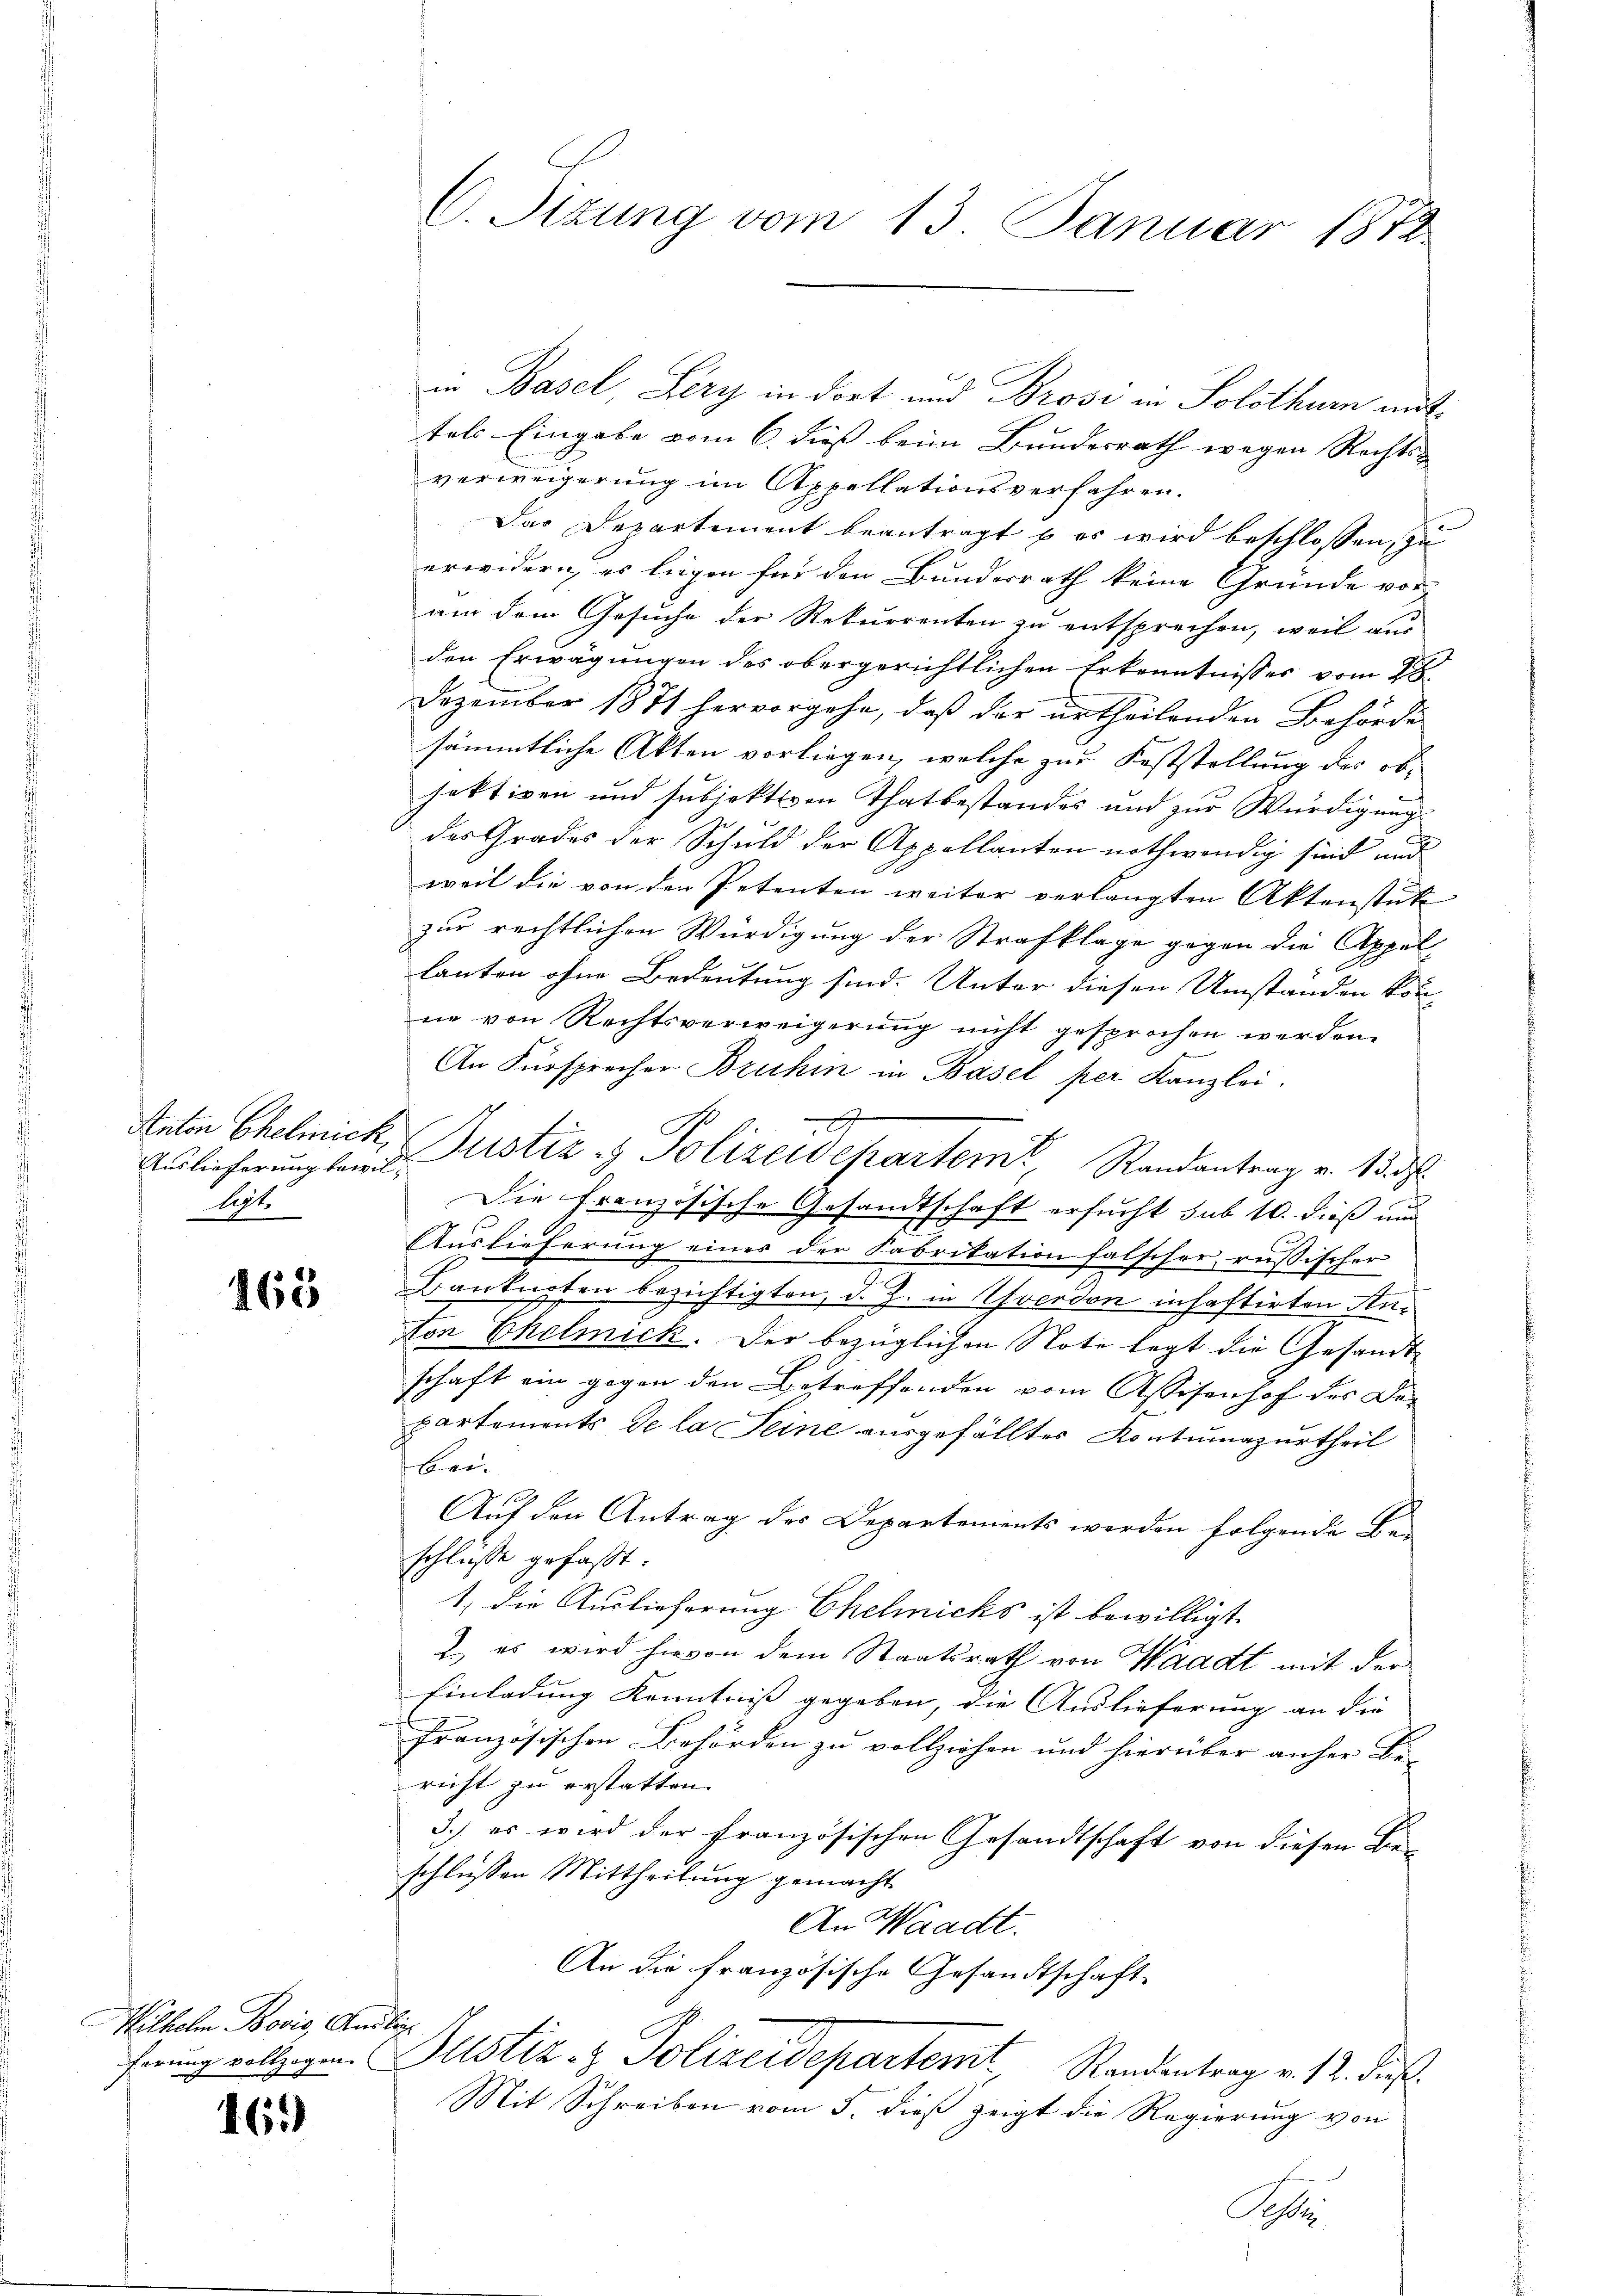
Auslieferung bewilligt

165

Wilhelm Bodis, Andlich

169)

in Basel, Lery in dort und Brosi in Solothur mit
tels Eingabe vom 6. dieß beim Bundesrath wegen Rechts-
verweigerung im Appellationsverfahren.
Das Departement beantragt u es wird beschlossen, zu
erwidern, es liegen für den Bundesrath keine Gründe vor
um dem Gesuche der Rekurrenten zu entsprechen, weil aus
den Erwägungen des obergerichtlichen Erkenntnisses vom 28.
Dezember 1871 hervorgehe, daß der urtheilenden Behörde
sämmtliche Akten vorliegen, welche zur Feststellung des obsaktiven und subjektiven Thatbestandes und zur Würdigung
des Grades der Schuld der Appellanten nothwendig sind und
weil die von den Petenten weiter verlangten Aktenstütz
zur rechtlichen Würdigung der Strafklage gegen die Appel
8
lanten ohne Bedeutung sind. Unter diesen Umständen kön-
ne von Rechtsverweigerung nicht gesprochen werden.
An Fürsprecher Bruhin in Basel per Kanzlei.
A
Anton Ehelmick, Justiz & Polizeidepartem Randantrag v. 13. d.
Die französische Gesandtschaft ersucht sub 10. dieß und
Auslieferung eines der Fabrikation falscher russischer
Baukupten bezichtigten, d. J. in verdon inhaftirten Anton Ehelmick. Der bezüglichen Note legt die Gesandt
schaft ein gegen den Betreffenden vom Assisenhof der Departements de la Seine ausgefälltes Kontumazurtheil
Bere
Auf den Antrag des Departements werden folgende Beschlusse gefaßt:
1. die Auslieferung Chelmicks ist bewilligt.
2.) es wird hievon dem Staatsrath von Waadt mit der
Einladung Kenntniß gegeben, die Auslieferung an die
französischen Behörden zu vollziehen und hierüber anher Be-
richt zu erstatten.
3.) es wird der französischen Gesandtschaft von diesen Be-
schlüssen Mittheilung gemacht
An Waadt.
An die französische Gesandtschaft
fnung vollzogen Justiz- & Polizeidepartemt Randentrag v. 12. Fuß.
Mit Schreiben vom 5. dieß zeigt die Regierung von
Sohle

C. Sizung vom 13. Januar 1872